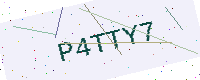
Text: P4TTY7